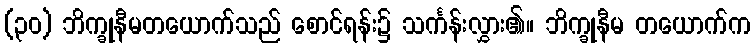
(၃၀) ဘိက္ခုနီမတယောက်သည် စောင်ရန်း၌ သင်္ကန်းလွှား၏။ ဘိက္ခုနီမ တယောက်က